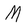
Character: M